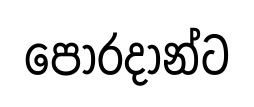
පෝරදාන්ට